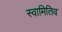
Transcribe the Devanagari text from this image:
स्वामितिव